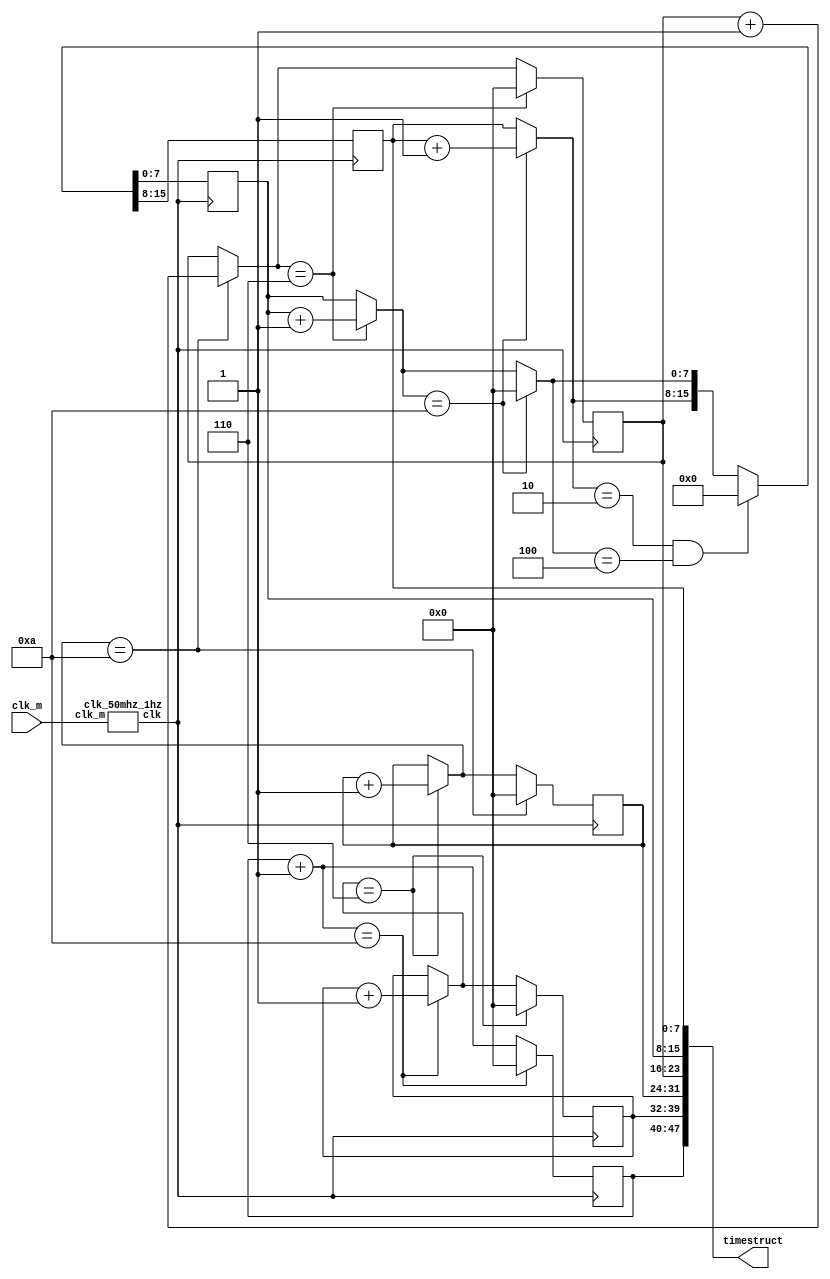
module mytime(
	input clk_m,
	output [47:0] timestruct
);
	reg [7:0] num_0,num_1,num_2,num_3,num_4,num_5;
	initial begin
		num_0 = 0; num_1 = 0; num_2 = 0;
		num_3 = 0; num_4 = 0; num_5 = 0;
	end
	assign timestruct = {num_0,num_1,num_2,num_3,num_4,num_5};
	//1hz
	wire clk;
	clk_50mhz_1hz f_clk(.clk_m(clk_m),.clk(clk));
	//
	always @(posedge clk) begin
		num_0 = num_0 + 1;
		num_1 = (num_0 == 10) ? (num_1 + 1) : num_1;
		num_2 = (num_1 == 6) ? (num_2 + 1) : num_2;
		num_3 = (num_2 == 10) ? (num_3 + 1) : num_3;
		num_4 = (num_3 == 6) ? (num_4 + 1) : num_4;
		num_5 = (num_4 == 10) ? (num_5 + 1) : num_5;
		num_0 = (num_0 == 10) ? 0 : num_0;
		num_1 = (num_1 == 6) ? 0 : num_1;
		num_2 = (num_2 == 10) ? 0 : num_2;
		num_3 = (num_3 == 6) ? 0 : num_3;
		num_4 = (num_4 == 10) ? 0 : num_4;
		{num_5,num_4} = (num_5 == 2 && num_4 == 4) ? 2'b00 : {num_5,num_4};
	end
endmodule


module clk_50mhz_1hz(
	input clk_m,
	output reg clk
);
	reg [63:0] sum;
    initial begin
        sum <= 0;
        clk <= 0;
    end
	always @(posedge clk_m) begin
        sum <= sum + 1;
        if(sum == 24999999)begin
            sum <= 0;
            clk = ~clk;
        end
    end
endmodule